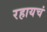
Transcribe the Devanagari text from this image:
रहायचं